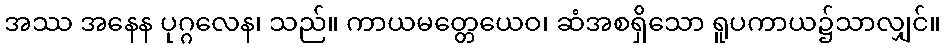
အဿ အနေန ပုဂ္ဂလေန၊ သည်။ ကာယမတ္တေယေဝ၊ ဆံအစရှိသော ရူပကာယ၌သာလျှင်။